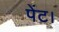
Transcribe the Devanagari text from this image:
पेंट।